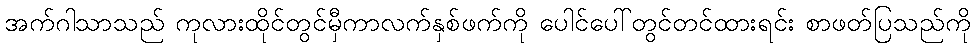
အက်ဂါသာသည် ကုလားထိုင်တွင်မှီကာလက်နှစ်ဖက်ကို ပေါင်ပေါ်တွင်တင်ထားရင်း စာဖတ်ပြသည်ကို